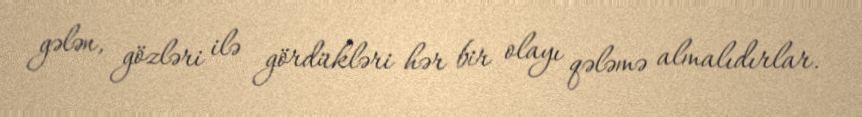
gələn, gözləri ilə gördükləri hər bir olayı qələmə almalıdırlar.